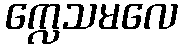
က္လေသမလေ